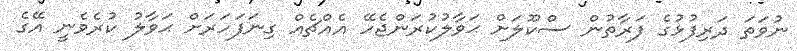
ނުވަތަ ދަރިފުޅުގެ ފަރާތުން ސްކޫލަށް ޙަވާލުކުރަންޖެހޭ އެއްޗެއް ގިނަފަހަރަށް ޙަވާލު ކުރެވެނީ އޭގެ